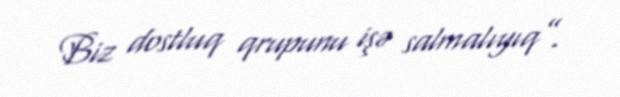
Biz dostluq qrupunu işə salmalıyıq”.